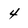
Character: 4